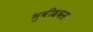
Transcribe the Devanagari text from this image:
भुवीश्रवस